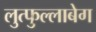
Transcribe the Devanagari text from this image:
लुत्फुल्लाबेग